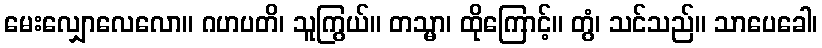
မေးလျှောလေလော။ ဂဟပတိ၊ သူကြွယ်။ တသ္မာ၊ ထိုကြောင့်။ တွံ၊ သင်သည်။ သာပေခေါ၊